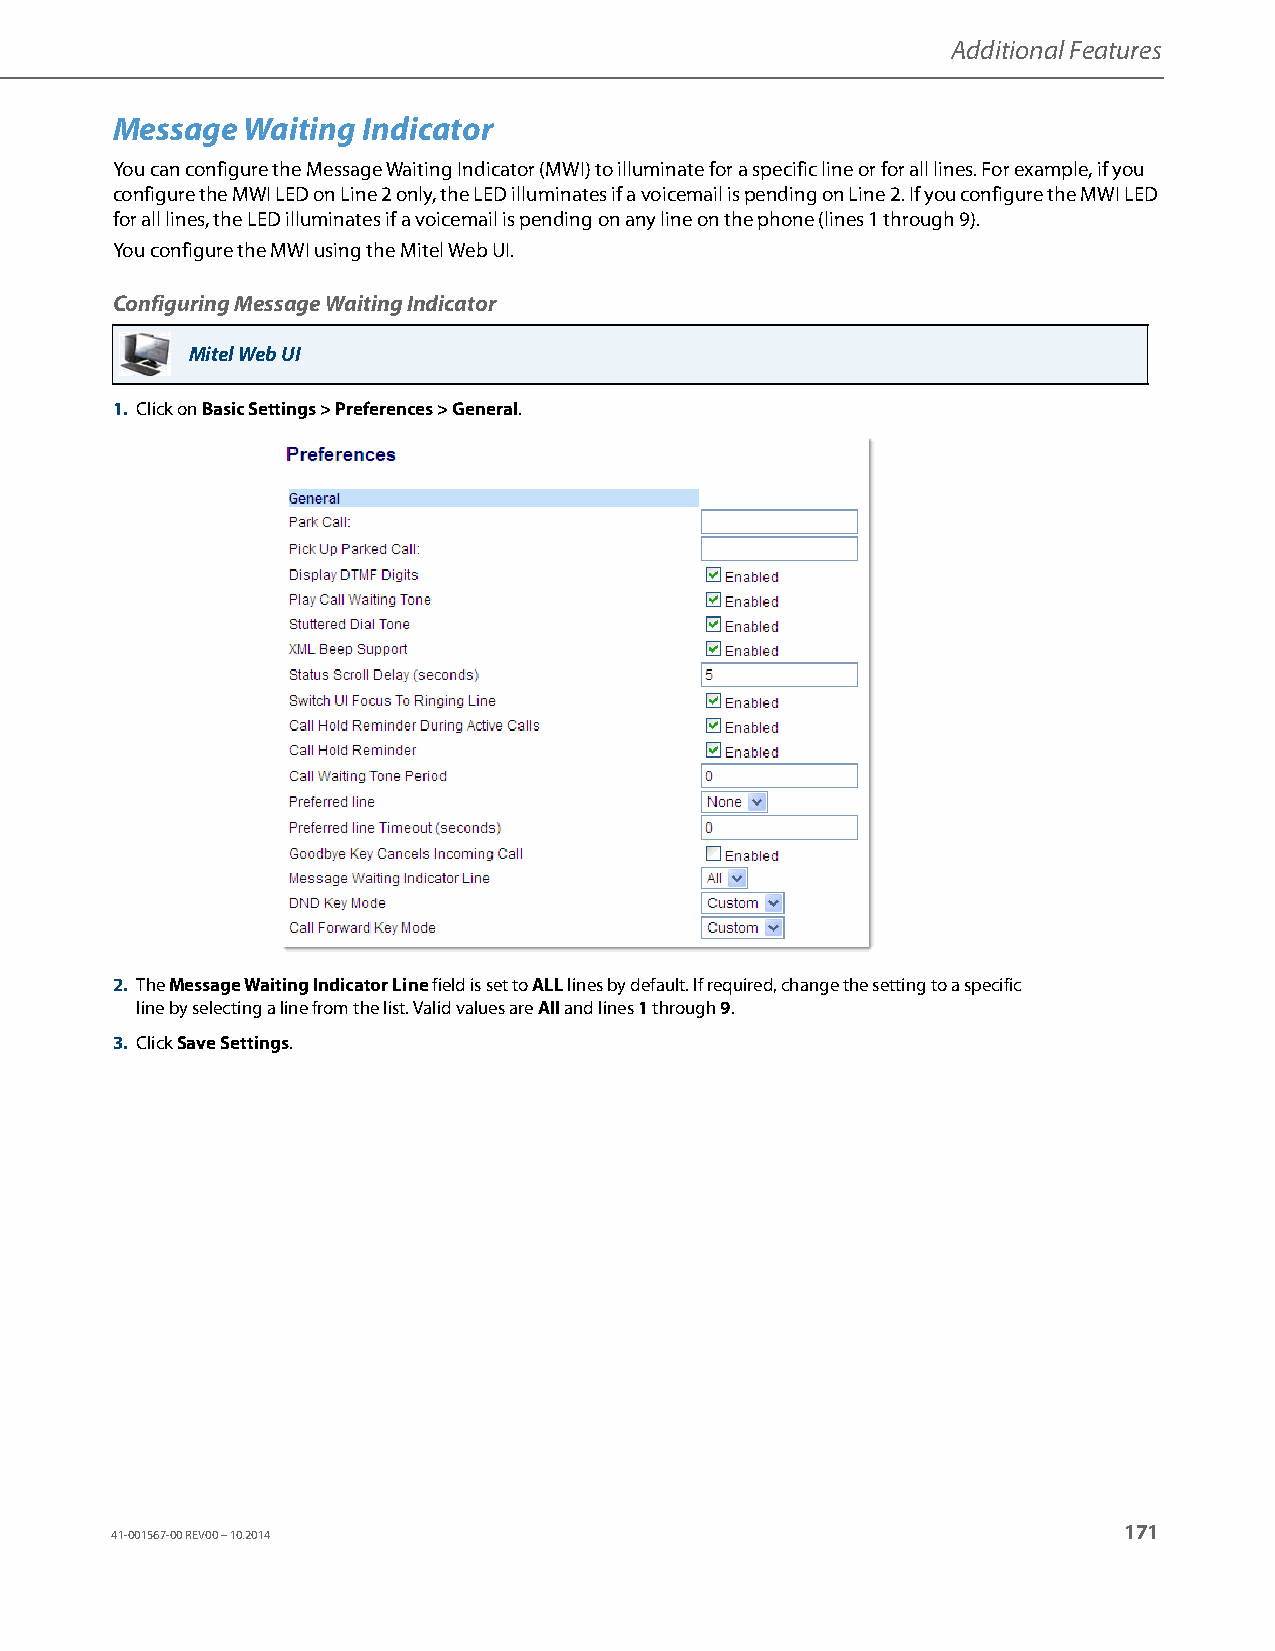
Additional Features
 Message  Waiting Indicator
 You can configure the Message Waiting Indicator (MWI) to illuminate for a specific line or for all lines. For example, if you
 configure the MWI LED on Line 2 only, the LED illuminates if a voicemail is pending on Line 2. If you configure the MWI LED
 for all lines, the LED illuminates if a voicemail is pending on any line on the phone (lines 1 through 9).
 You configure the MWI using the Mitel Web UI.
 Configuring Message Waiting Indicator
 Mitel Web UI
 1. Click on Basic Settings > Preferences > General.
 2. The Message Waiting Indicator Line field is set to ALL lines by default. If required, change the setting to a specific
 line by selecting a line from the list. Valid values are All and lines 1 through 9.
 3. Click Save Settings.
 171
 41-001567-00 REV00 – 10.2014